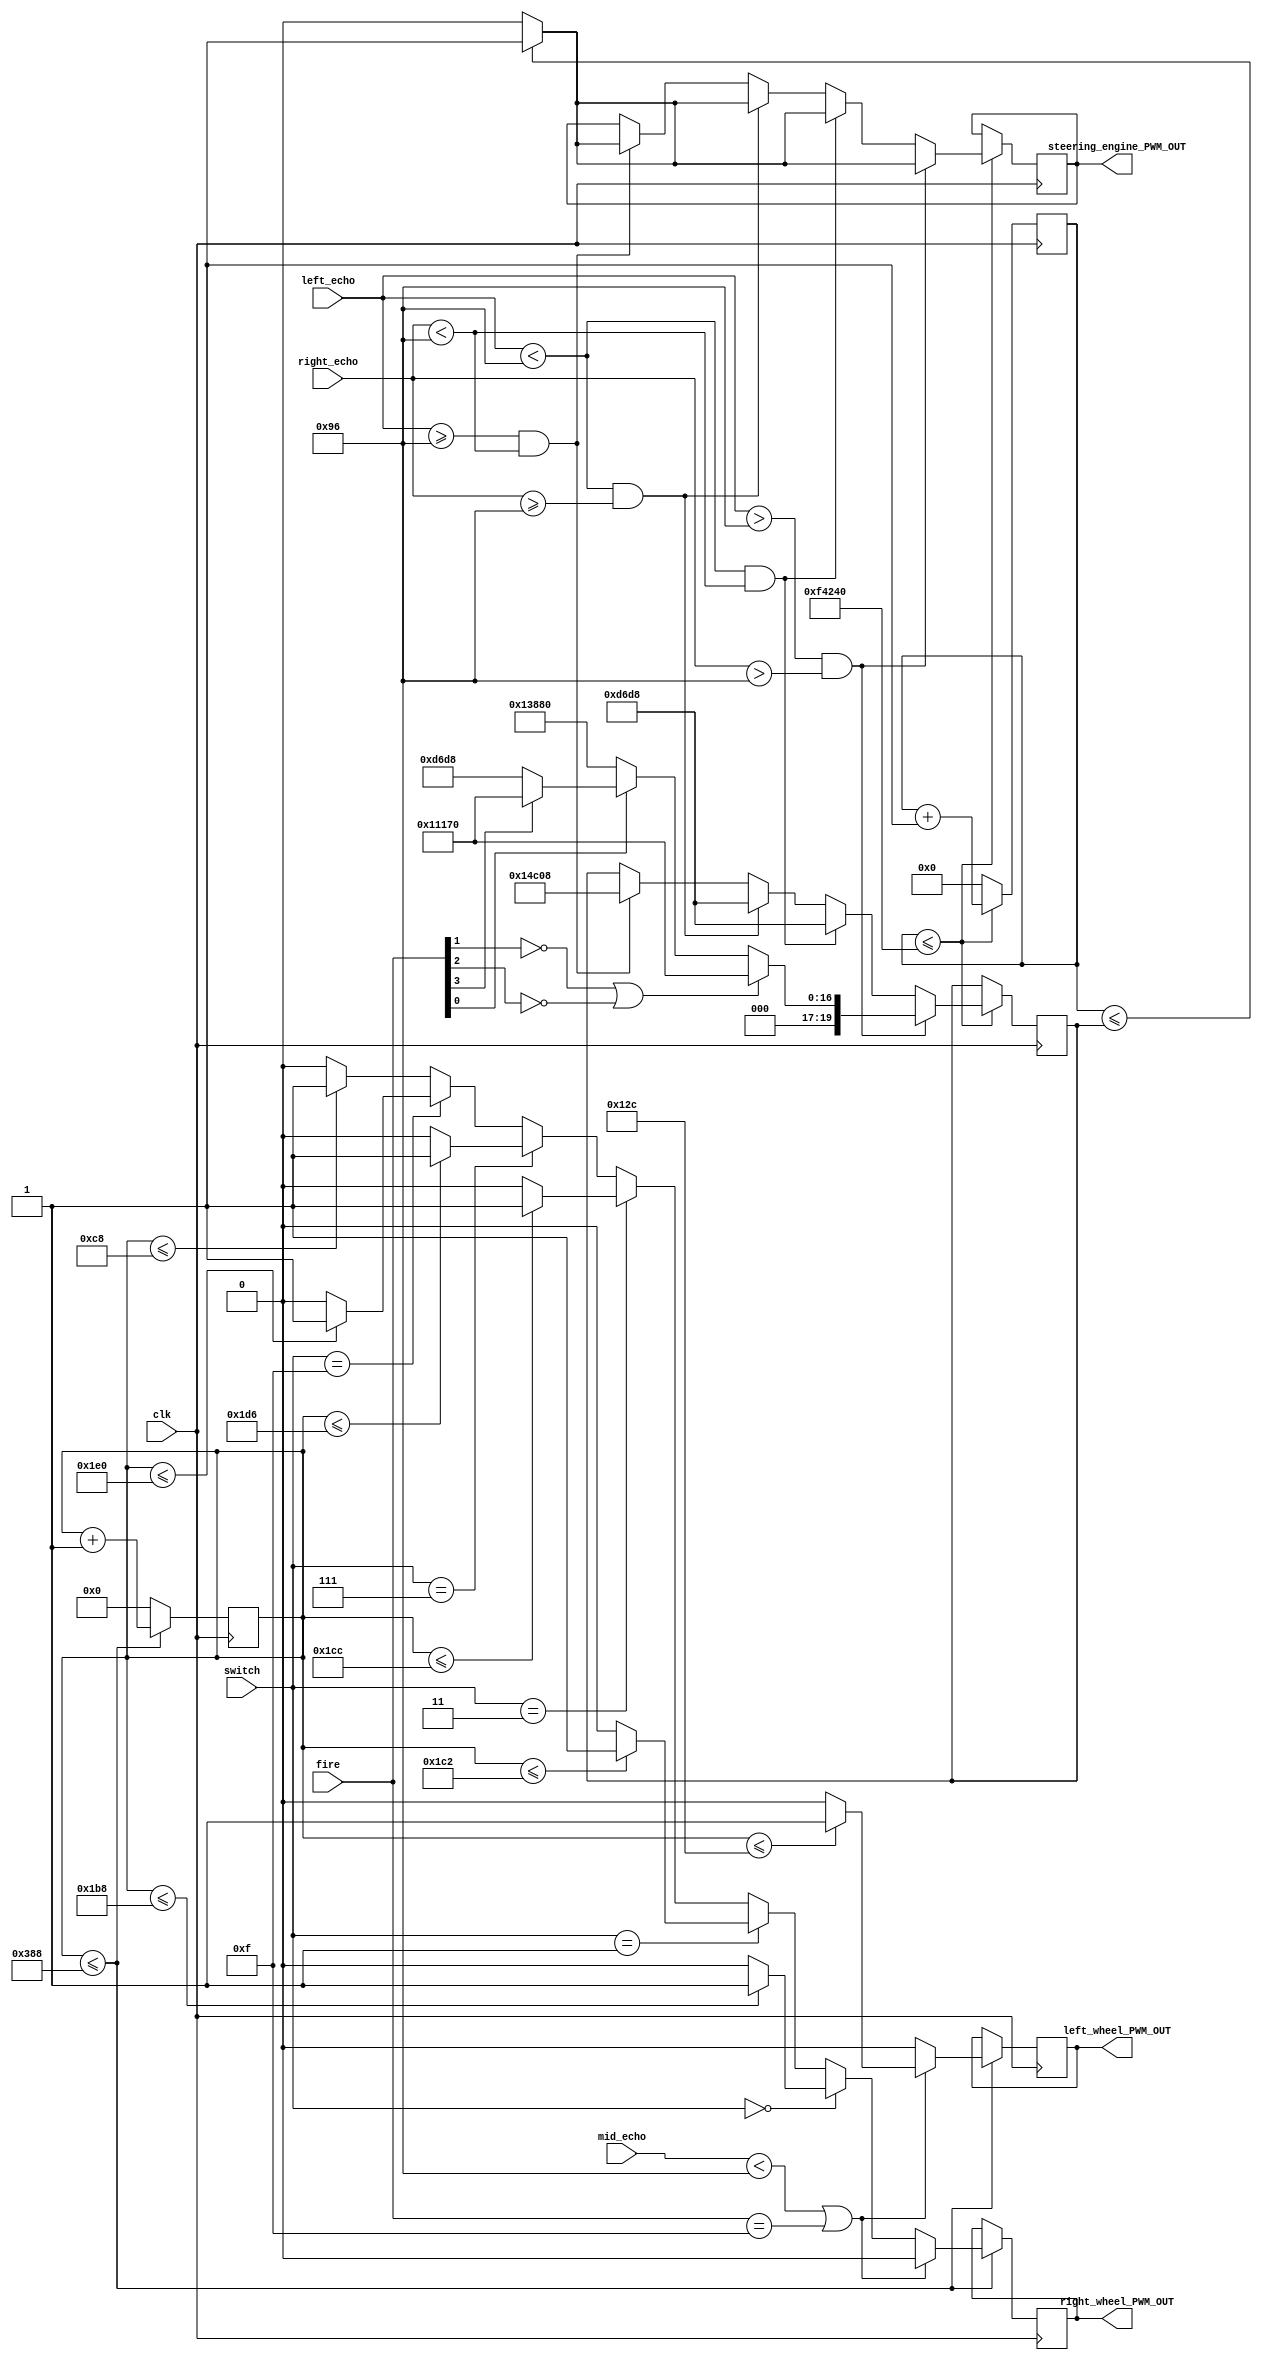
module bizhang(clk,left_wheel_PWM_OUT,right_wheel_PWM_OUT,left_echo,right_echo,mid_echo,fire,steering_engine_PWM_OUT,switch);
//申明端口分别有：系统时钟50MHZ，复位，调节后轮目标速度的拨码开关,右光电,左光电,LED显示，led,舵机输出PWM值，右后轮电机PWM输出，左后轮PWM输出，
/**********************************************************************/						
		input		clk;
		input		[20:0]left_echo;
		input 	[20:0]right_echo; 
		input    [20:0]mid_echo;
		
		
		input		[3:0]switch;
		input		[3:0]fire;
/***********************************************************************/	
		//output      [3:0]     			 led;		
		output reg right_wheel_PWM_OUT;
		output reg left_wheel_PWM_OUT;
		output reg steering_engine_PWM_OUT;/***********************************************************************/
	//	reg         [3:0]     			 led;
		reg   [19:0] 	steering_PWM_counter;
		reg   [19:0] 	steering_PWM_counter_out;
		reg   [9:0]		wheel_PWM_OUT;
		reg	[25:0] cnt;
		reg flag;
		reg zigflag,zigflag1;
		reg [13:0] start1,start2,start3,start4,start5;
initial
	begin
		start1 <= 0;
		start2 <= 0;
		start3 <= 0;
		start4 <= 0;
		start5 <= 0;
	end
always @(posedge clk)
	begin
	if(mid_echo < 30)
		flag <= 1'b1;
	else
		flag <= 1'b0;
	end
//电机		
always @(posedge clk)							//后轮输出控制
begin 
	if(wheel_PWM_OUT <= 10'd5000 )
		begin
		wheel_PWM_OUT <= wheel_PWM_OUT + 1'b1;
			
		if((mid_echo< 150) || (fire == 4'b1111))
			begin
			if(wheel_PWM_OUT<=10'd300)//40%
					begin
						right_wheel_PWM_OUT <= 1'b0;
						left_wheel_PWM_OUT  <= 1'b1;
					end
				else 
					begin
						right_wheel_PWM_OUT <= 1'b0;
						left_wheel_PWM_OUT  <= 1'b0;
					end
			end
			else
				begin
					if(switch==4'b0000)
					begin					
							if(wheel_PWM_OUT<=10'd440)//20%
								begin
									right_wheel_PWM_OUT <= 1'b1;
									left_wheel_PWM_OUT  <= 1'b0;
								end
							else 
								begin
								right_wheel_PWM_OUT <=1'b0;
								left_wheel_PWM_OUT  <= 1'b0;
								end						  
					end
				
					else if(switch==4'b0001)
					begin
							if(wheel_PWM_OUT<=10'd450)//20%
								begin
									right_wheel_PWM_OUT <= 1'b1;
									left_wheel_PWM_OUT  <= 1'b0;
								end
							else 
								begin
								right_wheel_PWM_OUT <=1'b0;
								left_wheel_PWM_OUT  <= 1'b0;
								end	
					end
				
					else if(switch==4'b0011)
					begin
							if(wheel_PWM_OUT<=10'd460)//20%
								begin
									right_wheel_PWM_OUT <= 1'b1;
									left_wheel_PWM_OUT  <= 1'b0;
								end
							else 
								begin
								right_wheel_PWM_OUT <=1'b0;
								left_wheel_PWM_OUT  <= 1'b0;
								end
					end
					else if(switch==4'b0111)
					begin
							if(wheel_PWM_OUT<=10'd470)//20%
								begin
									right_wheel_PWM_OUT <= 1'b1;
									left_wheel_PWM_OUT  <= 1'b0;
								end
							else 
								begin
								right_wheel_PWM_OUT <=1'b0;
								left_wheel_PWM_OUT  <= 1'b0;
								end
					end
					else if(switch==4'b1111)
					begin
							if(wheel_PWM_OUT<=10'd480)//20%
								begin
									right_wheel_PWM_OUT <= 1'b1;
									left_wheel_PWM_OUT  <= 1'b0;
								end
							else 
								begin
								right_wheel_PWM_OUT <=1'b0;
								left_wheel_PWM_OUT  <= 1'b0;
								end
					end
					else 
					begin
						if(wheel_PWM_OUT<=10'd200)
							begin
								right_wheel_PWM_OUT <= 1'b1;
								left_wheel_PWM_OUT  <= 1'b0;
							end
						else begin
							right_wheel_PWM_OUT <= 1'b0;
							left_wheel_PWM_OUT  <= 1'b0;
						end
				end  
			end
			end
			else 
			wheel_PWM_OUT <= 10'b0;
		 end
		  
/***********************************************************************/
always @(posedge clk)							//舵机最后输出控制
	begin 
	if(steering_PWM_counter <=20'd100_0000)
			begin
				steering_PWM_counter <= steering_PWM_counter + 1'b1;
			
				if((left_echo>150) && (right_echo>150))
					begin
						steering_PWM_counter_out <= 20'd72000	;	//40°
					if(steering_PWM_counter <= steering_PWM_counter_out)
						steering_engine_PWM_OUT <= 1'b1;
					else
						steering_engine_PWM_OUT <= 1'b0;
				if(fire[1]==1'b0 || fire[2]==1'b0)//if(left_infrared == 1'b0 && right_infrared == 1'b0)
					begin
						steering_PWM_counter_out <= 20'd70000	;	//0°
					if(steering_PWM_counter <= steering_PWM_counter_out)
						steering_engine_PWM_OUT <= 1'b1;
					else
						steering_engine_PWM_OUT <= 1'b0;
					end
				else if(fire[0]==1'b0)//else if(left_infrared == 1'b1&& right_infrared == 1'b1 )
					begin
						steering_PWM_counter_out <= 20'd80000	;	//40°
						if(steering_PWM_counter <= steering_PWM_counter_out)
							steering_engine_PWM_OUT <= 1'b1;
						else
							steering_engine_PWM_OUT <= 1'b0;
						end
				else if(fire[3]==1'b0)//else if(left_infrared == 1'b0&& right_infrared== 1'b1 )
					begin
						steering_PWM_counter_out <= 20'd55000	;	//20°
						if(steering_PWM_counter <= steering_PWM_counter_out)
							steering_engine_PWM_OUT <= 1'b1;
						else
							steering_engine_PWM_OUT <= 1'b0;
					end
					else
					begin
						steering_PWM_counter_out <= 20'd70000	;	//20°
						if(steering_PWM_counter <= steering_PWM_counter_out)
							steering_engine_PWM_OUT <= 1'b1;
						else
							steering_engine_PWM_OUT <= 1'b0;
					end
					end
				else if((left_echo<150) && (right_echo<150) )
					begin
						steering_PWM_counter_out <= 20'd55000	;	//40°
					if(steering_PWM_counter <= steering_PWM_counter_out)
						steering_engine_PWM_OUT <= 1'b1;
					else
						steering_engine_PWM_OUT <= 1'b0;
					end
				
			
				
				else if((left_echo<150) && (right_echo>=150))
						begin
						steering_PWM_counter_out <= 20'd55000	;	//40° 750000
						if(steering_PWM_counter <= steering_PWM_counter_out)
							steering_engine_PWM_OUT <= 1'b1;
						else
							steering_engine_PWM_OUT <= 1'b0;
						end
				
				
				else if((left_echo>=150) && (right_echo<150))
							begin
							steering_PWM_counter_out <= 20'd85000	;	//-40°
							if(steering_PWM_counter <= steering_PWM_counter_out)
								steering_engine_PWM_OUT <= 1'b1;
							else
								steering_engine_PWM_OUT <= 1'b0; 
							end
				
							
				/*		
				else if(left_echo>=100 && right_echo>=100)
				begin
				if(fire[2]==1'b1)//if(left_infrared == 1'b0 && right_infrared == 1'b0)
					begin
						steering_PWM_counter_out <= 20'd72000	;	//0°
					if(steering_PWM_counter <= steering_PWM_counter_out)
						steering_engine_PWM_OUT <= 1'b1;
					else
						steering_engine_PWM_OUT <= 1'b0;
					end
				else if(fire[1]==1'b1)//else if(left_infrared == 1'b1&& right_infrared == 1'b0)
					begin
						steering_PWM_counter_out <= 20'd55000	;	//30°
					if(steering_PWM_counter <= steering_PWM_counter_out)
						steering_engine_PWM_OUT <= 1'b1;
					else
						steering_engine_PWM_OUT <= 1'b0;
					end	
				else if(fire[0]==1'b1)//else if(left_infrared == 1'b1&& right_infrared == 1'b1 )
					begin
						steering_PWM_counter_out <= 20'd45000	;	//40°
						if(steering_PWM_counter <= steering_PWM_counter_out)
							steering_engine_PWM_OUT <= 1'b1;
						else
							steering_engine_PWM_OUT <= 1'b0;
						end
				else if(fire[3]==1'b1)//else if(left_infrared == 1'b0&& right_infrared== 1'b1 )
					begin
						steering_PWM_counter_out <= 20'd85000	;	//20°
						if(steering_PWM_counter <= steering_PWM_counter_out)
							steering_engine_PWM_OUT <= 1'b1;
						else
							steering_engine_PWM_OUT <= 1'b0;
					end
				else if(fire[4]==1'b1)//else if(left_infrared == 1'b0&& right_infrared== 1'b1 )
					begin
						steering_PWM_counter_out <= 20'd94000	;	//20°
						if(steering_PWM_counter <= steering_PWM_counter_out)
							steering_engine_PWM_OUT <= 1'b1;
						else
							steering_engine_PWM_OUT <= 1'b0;
					end
				end
				
				/////////////////////////////////////////////////////////////////
				/*begin
					if(mid_right_infrared==1'b0&& right_infrared == 1'b0)
				begin
				if(left_infrared == 1'b0 && mid_left_infrared == 1'b0)
					begin
						steering_PWM_counter_out <= 20'd9_5000	;	//0°
					if(steering_PWM_counter <= steering_PWM_counter_out)
						steering_engine_PWM_OUT <= 1'b1;
					else
						steering_engine_PWM_OUT <= 1'b0;
					end
				else if(left_infrared == 1'b1&&mid_left_infrared == 1'b0)
					begin
						steering_PWM_counter_out <= 20'd7_5000	;	//30°
					if(steering_PWM_counter <= steering_PWM_counter_out)
						steering_engine_PWM_OUT <= 1'b1;
					else
						steering_engine_PWM_OUT <= 1'b0;
					end	
				else if(left_infrared == 1'b1&&mid_left_infrared == 1'b1 )
					begin
						steering_PWM_counter_out <= 20'd7_5000	;	//40°
						if(steering_PWM_counter <= steering_PWM_counter_out)
							steering_engine_PWM_OUT <= 1'b1;
						else
							steering_engine_PWM_OUT <= 1'b0;
						end
				else if(left_infrared == 1'b0&&mid_left_infrared == 1'b1 )
					begin
						steering_PWM_counter_out <= 20'd7_8000	;	//20°
						if(steering_PWM_counter <= steering_PWM_counter_out)
							steering_engine_PWM_OUT <= 1'b1;
						else
							steering_engine_PWM_OUT <= 1'b0;
					end
				end
					
				if(mid_right_infrared==1'b1&& right_infrared == 1'b0)
					begin
						if(left_infrared == 1'b1&&mid_left_infrared == 1'b1 )
						begin
							steering_PWM_counter_out <= 20'd7_8000;		//60°
							if(steering_PWM_counter <= steering_PWM_counter_out)
								steering_engine_PWM_OUT <= 1'b1;
							else
								steering_engine_PWM_OUT <= 1'b0;
							end
						else if(left_infrared == 1'b0&&mid_left_infrared == 1'b1 )
						begin
							steering_PWM_counter_out <= 20'd7_8000;		//50°
							if(steering_PWM_counter <= steering_PWM_counter_out)
								steering_engine_PWM_OUT <= 1'b1;
							else
								steering_engine_PWM_OUT <= 1'b0;
							end
						else if(left_infrared == 1'b0&&mid_left_infrared == 1'b0 )
						begin
							steering_PWM_counter_out <= 20'd12_0000;		//-30°
							if(steering_PWM_counter <= steering_PWM_counter_out)
								steering_engine_PWM_OUT <= 1'b1;
							else
								steering_engine_PWM_OUT <= 1'b0;
							end
					end
				 
				if(mid_right_infrared==1'b1&& right_infrared == 1'b1)
					begin
						if(left_infrared == 1'b0&&mid_left_infrared == 1'b0 )
							begin
							steering_PWM_counter_out <= 20'd12_0000	;	//-30°
							if(steering_PWM_counter <= steering_PWM_counter_out)
								steering_engine_PWM_OUT <= 1'b1;
							else
								steering_engine_PWM_OUT <= 1'b0; 
							end
						else if(left_infrared == 1'b0&&mid_left_infrared == 1'b1 )
							begin
							steering_PWM_counter_out <= 20'd11_5000	;	//-40°
							if(steering_PWM_counter <= steering_PWM_counter_out)
								steering_engine_PWM_OUT <= 1'b1;
							else
								steering_engine_PWM_OUT <= 1'b0; 
							end
						else if(left_infrared == 1'b1&&mid_left_infrared == 1'b0 )
							begin
							steering_PWM_counter_out <= 20'd7_5000	;	//60°
							if(steering_PWM_counter <= steering_PWM_counter_out)
								steering_engine_PWM_OUT <= 1'b1;
							else
								steering_engine_PWM_OUT <= 1'b0; 
							end
						else if(left_infrared == 1'b1&&mid_left_infrared == 1'b1 )
							begin
							steering_PWM_counter_out <= 20'd9_5000	;	//-60°
							if(steering_PWM_counter <= steering_PWM_counter_out)
								steering_engine_PWM_OUT <= 1'b1;
							else
								steering_engine_PWM_OUT <= 1'b0; 
							end
					end
						
				if(mid_right_infrared==1'b1&& right_infrared == 1'b1)
					begin
						if(left_infrared == 1'b0&&mid_left_infrared == 1'b0 )
							begin
							steering_PWM_counter_out <= 20'd7_5000	;	//-30°
							if(steering_PWM_counter <= steering_PWM_counter_out)
								steering_engine_PWM_OUT <= 1'b1;
							else
								steering_engine_PWM_OUT <= 1'b0; 
							end
						else if(left_infrared == 1'b0&&mid_left_infrared == 1'b1 )
							begin
							steering_PWM_counter_out <= 20'd11_5000	;	//-40°
							if(steering_PWM_counter <= steering_PWM_counter_out)
								steering_engine_PWM_OUT <= 1'b1;
							else
								steering_engine_PWM_OUT <= 1'b0; 
							end
						else if(left_infrared == 1'b1&&mid_left_infrared == 1'b0 )
							begin
							steering_PWM_counter_out <= 20'd11_5000	;	//-40°
							if(steering_PWM_counter <= steering_PWM_counter_out)
								steering_engine_PWM_OUT <= 1'b1;
							else
								steering_engine_PWM_OUT <= 1'b0; 
							end
						else if(left_infrared == 1'b1&&mid_left_infrared == 1'b1 )
							begin
							steering_PWM_counter_out <= 20'd7_5000	;	//30°
							if(steering_PWM_counter <= steering_PWM_counter_out)
								steering_engine_PWM_OUT <= 1'b1;
							else
								steering_engine_PWM_OUT <= 1'b0; 
							end
						end
				*/
				
			end
		else
				steering_PWM_counter  <= 20'b0;

		end
		endmodule